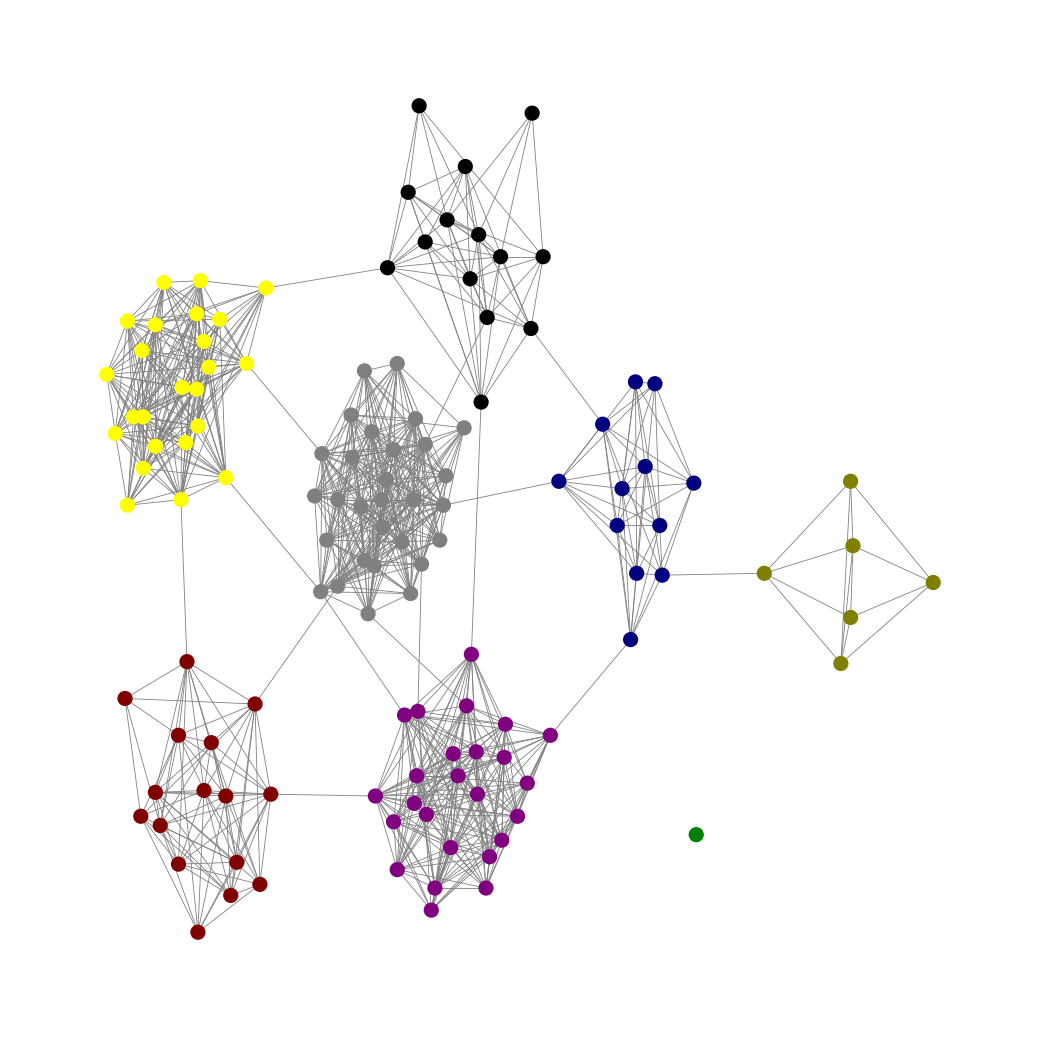
Graph connected: No
Number of connected components: 2
Number of singletons: 1
Total number of nodes: 127
Total number of edges: 901
Number of communities: 8
Community sizes:
Black: 14
Gray: 29
Green: 1
Maroon: 16
Navy: 12
Olive: 6
Purple: 25
Yellow: 24
Graph layout: tda
Graph generation method: erdos_renyi